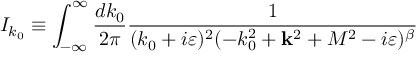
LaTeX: I _ { k _ { 0 } } \equiv \int _ { - \infty } ^ { \infty } \frac { d k _ { 0 } } { 2 \pi } \frac { 1 } { ( k _ { 0 } + i \varepsilon ) ^ { 2 } ( - k _ { 0 } ^ { 2 } + { \bf k } ^ { 2 } + M ^ { 2 } - i \varepsilon ) ^ { \beta } }